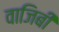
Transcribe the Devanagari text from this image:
वाजिबी